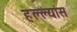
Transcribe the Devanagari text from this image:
हल्ल्यांस